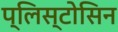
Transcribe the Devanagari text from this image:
प्लिस्टोसिन